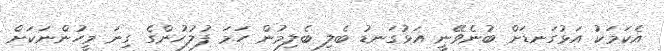
އެކަމަކު އަޅުގަނޑަށް ބުނެވޭނީ އަޅުގަނޑު ބެލި ބެލިމުން ހަމަ ފުލުހުންގެ ގިނަ މީހުންނަކަށް